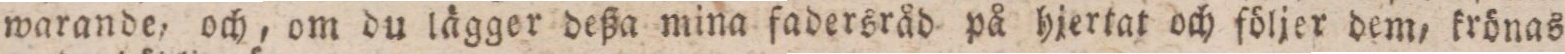
warande, och, om du lägger deßa mina fadersråd på hjertat och följer dem, krönas